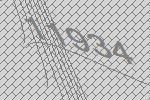
11934